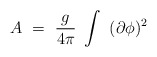
\begin{align*}A~=~{g\over 4\pi}~ \int ~ (\partial\phi)^2\end{align*}